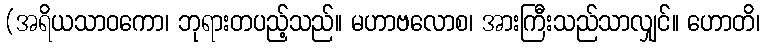
(အရိယသာဝကော၊ ဘုရားတပည့်သည်။ မဟာဗလောစ၊ အားကြီးသည်သာလျှင်။ ဟောတိ၊